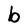
Character: b